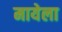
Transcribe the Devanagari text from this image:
मायेला